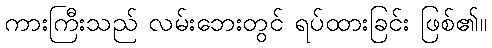
ကားကြီးသည် လမ်းဘေးတွင် ရပ်ထားခြင်း ဖြစ်၏။